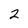
Character: 2